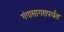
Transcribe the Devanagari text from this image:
गंगासागरापर्यंत